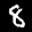
Label: 8